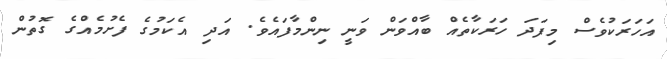
އަހަރަކުވެސް މިފަދަ ހަރަކާތެއް ބާއްވަން ވަނީ ނިންމާފައެވެ. އަދި އެކަމުގެ ފެށުމެއްގެ ގޮތުން